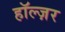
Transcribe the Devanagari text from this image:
हॉल्ज़र